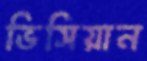
ভিসিয়ান